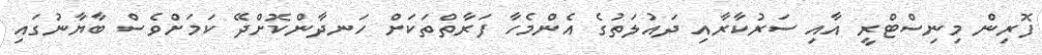
ފޮރިން މިނިސްޓްރީ އާއި ސަރުކާރާއި ދައުލަތުގެ އެންމެހާ ފަރާތްތަކަށް ހަނދާންކޮށްދޭ ކަމަށްވެސް ބާޔާނުގައި